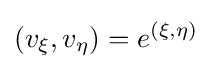
{(v_{\xi },v_{\eta })=e^{(\xi ,\eta )}}